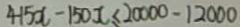
4 1 5 x - 1 5 0 x \leq 2 0 0 0 0 - 1 2 0 0 0